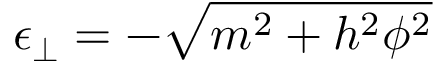
\epsilon _ { \perp } = - \sqrt { m ^ { 2 } + h ^ { 2 } \phi ^ { 2 } }